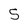
Character: S